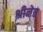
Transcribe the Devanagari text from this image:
श्रीनेत